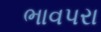
ભાવપરા